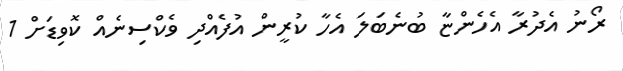
ރޯނު އެދުރާ އެހެންޏާ ބުނެބަލަ އެހާ ކުރީން އުފެއްދި ވެކްސިނެއް ކޮވިޑަށް 1